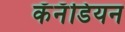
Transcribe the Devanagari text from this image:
कॅनॅडियन